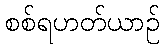
စစ်ရဟတ်ယာဉ်